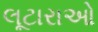
લૂટારાઓ